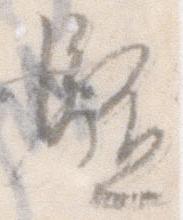
駈